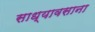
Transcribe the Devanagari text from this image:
साध्यावसाना